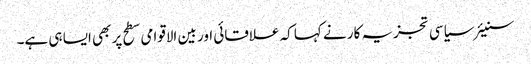
سنیئر سیاسی تجزیہ کار نے کہا کہ علاقائی اور بین الاقوامی سطح پر بھی ایسا ہی ہے۔